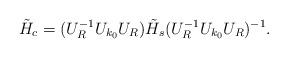
LaTeX: \begin{align*}\tilde{H}_c=(U_{R}^{-1}U_{k_0}U_R)\tilde{H}_s (U_{R}^{-1}U_{k_0}U_R)^{-1}.\end{align*}